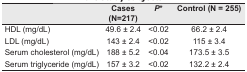
<table><thead><tr><td></td><td><b>Cases (N=217)</b></td><td><b><i>P</i>*</b></td><td><b>Control (N = 255)</b></td></tr></thead><tbody><tr><td>HDL (mg/dL)</td><td>49.6 ± 2.4</td><td>&lt;0.02</td><td>66.2 ± 2.4</td></tr><tr><td>LDL (mg/dL)</td><td>143 ± 2.4</td><td>&lt;0.02</td><td>115 ± 3.4</td></tr><tr><td>Serum cholesterol (mg/dL)</td><td>188 ± 5.2</td><td>&lt;0.04</td><td>173.5 ± 3.5</td></tr><tr><td>Serum triglyceride (mg/dL)</td><td>157 ± 3.2</td><td>&lt;0.02</td><td>132.2 ± 2.4</td></tr></tbody></table>